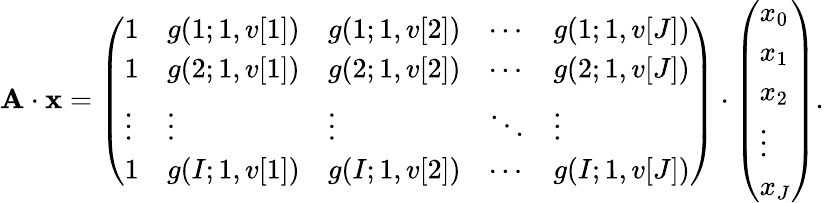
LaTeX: \mathbf{A\cdot x}=\left(\begin{array}{lllll}{1}&{g(1;1,v[1])}&{g(1;1,v[2])}&{\cdots}&{g(1;1,v[J])}\\ {1}&{g(2;1,v[1])}&{g(2;1,v[2])}&{\cdots}&{g(2;1,v[J])}\\ {\vdots}&{\vdots}&{\vdots}&{\ddots}&{\vdots}\\ {1}&{g(I;1,v[1])}&{g(I;1,v[2])}&{\cdots}&{g(I;1,v[J])}\end{array}\right)\cdot\left(\begin{array}{l}{x_{0}}\\ {x_{1}}\\ {x_{2}}\\ {\vdots}\\ {x_{J}}\end{array}\right).